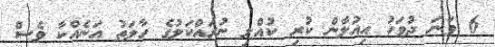
6 ވަނަ ދުވަހު އިއުލާން ކުރި ކުއްލި ނުރައްކަލުގެ ހާލަތު އަނެއްކާ ވެސް